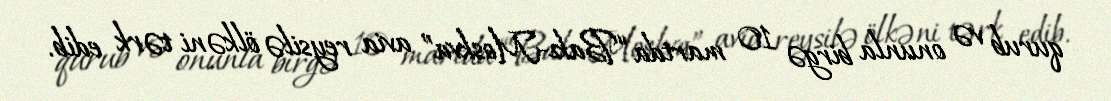
qurub və onunla birgə 10 martda “Bakı-Moskva” avia reysilə ölkəni tərk edib.